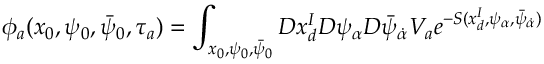
\phi _ { a } ( x _ { 0 } , \psi _ { 0 } , \bar { \psi } _ { 0 } , \tau _ { a } ) = \int _ { x _ { 0 } , \psi _ { 0 } , \bar { \psi } _ { 0 } } { \cal D } x _ { d } ^ { I } { \cal D } \psi _ { \alpha } { \cal D } \bar { \psi } _ { \dot { \alpha } } V _ { a } e ^ { - S ( x _ { d } ^ { I } , \psi _ { \alpha } , \bar { \psi } _ { \dot { \alpha } } ) }